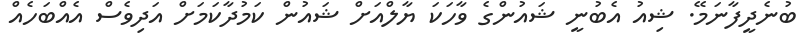
ބުނެދީފާނަމޭ. ޝިއު އެބުނީ ޝައުންގެ ވާހަކަ ޔާލްއަށް ޝައުން ކަމުދާކަމަށް އަދިވެސް އެއްބަހެއް